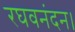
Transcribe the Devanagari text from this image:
रघवनंदन।